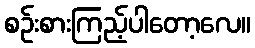
စဉ်းစားကြည့်ပါတော့လေ။